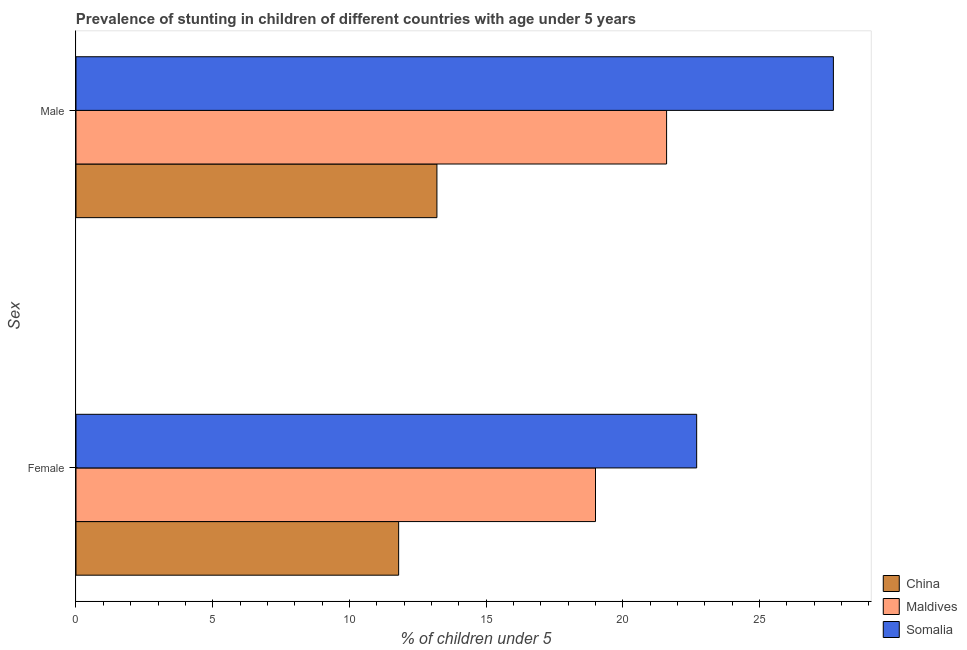
| Sex | China | Maldives | Somalia |
 | --- | --- | --- | --- |
 | Female | 11.8 | 19 | 22.7 |
 | Male | 13.2 | 21.6 | 27.7 |